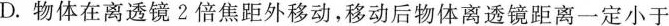
D.物体在离透镜2倍焦距外移动，移动后物体离透镜距离一定小于